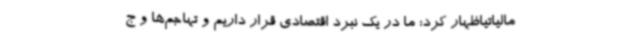
مالیاتیاظهار کرد: ما در یک نبرد اقتصادی قرار داریم و تهاجم‌ها و ج